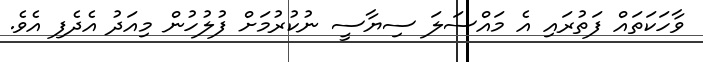
ވާހަކަތައް ފަތުރައި އެ މައްސަލަ ސިޔާސީ ނުކުރުމަށް ފުލުހުން މިއަދު އެދެފި އެވެ.